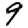
Digit: 9